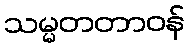
သမ္မတတာဝန်